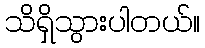
သိရှိသွားပါတယ်။